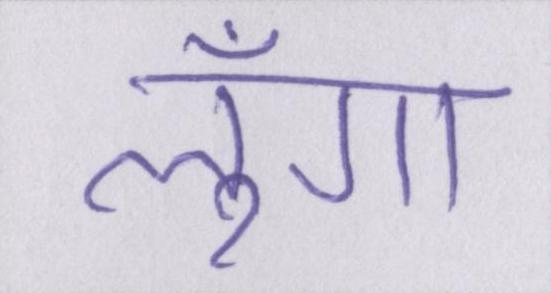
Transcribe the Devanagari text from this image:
लूँगा